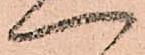
一